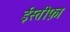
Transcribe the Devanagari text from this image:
ईस्तीफ़ा